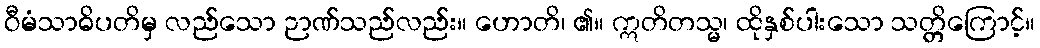
ဝီမံသာဓိပတိမှ လည်သော ဉာဏ်သည်လည်း။ ဟောတိ၊ ၏။ ဣတိတသ္မ၊ ထိုနှစ်ပါးသော သတ္တိကြောင့်။